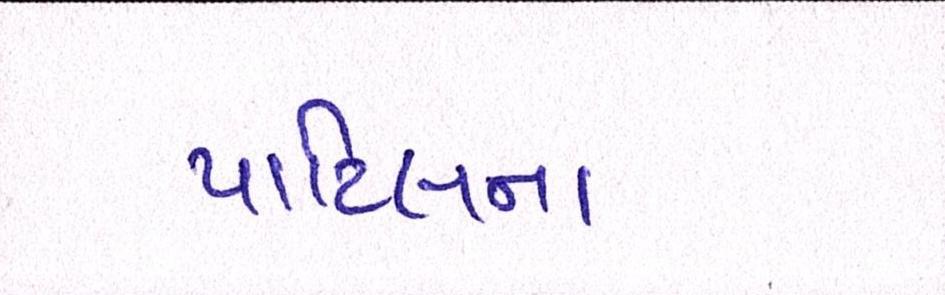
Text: પાટિલના